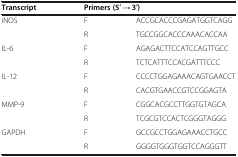
| Transcript | <COLSPAN=2> Primers (5′ → 3′) |
 | --- | --- | --- |
 | <ROWSPAN=2> iNOS | F | ACCGCACCCGAGATGGTCAGG |
 | R | TGCCGGCACCCAAACACCAA |
 | <ROWSPAN=2> IL-6 | F | AGAGACTTCCATCCAGTTGCC |
 | R | TCTCATTTCCACGATTTCCC |
 | <ROWSPAN=2> IL-12 | F | CCCCTGGAGAAACAGTGAACCT |
 | R | CACGTGAACCGTCCGGAGTA |
 | <ROWSPAN=2> MMP-9 | F | CGGCACGCCTTGGTGTAGCA |
 | R | TCGCGTCCACTCGGGTAGGG |
 | <ROWSPAN=2> GAPDH | F | GCCGCCTGGAGAAACCTGCC |
 | R | GGGGTGGGTGGTCCAGGGTT |